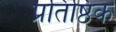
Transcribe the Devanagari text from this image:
प्रतिष्ठिक